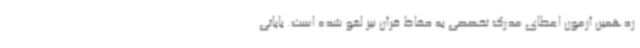
زدهمین آزمون اعطای مدرک تخصصی به حفاظ قرآن نیز لغو شده است. بابائی